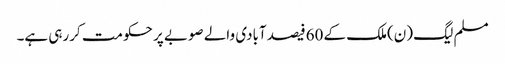
مسلم لیگ (ن)ملک کے 60فیصد آبادی والے صوبے پر حکومت کررہی ہے۔